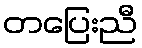
တပြေးညီ